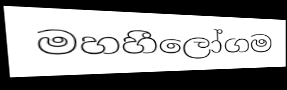
මහහීලෝගම